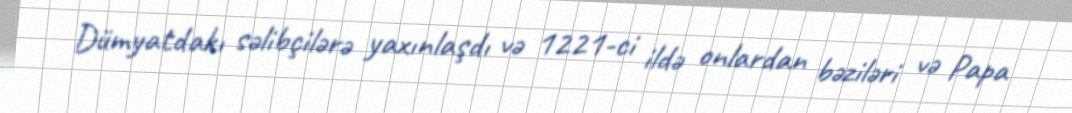
Dümyatdakı səlibçilərə yaxınlaşdı və 1221-ci ildə onlardan bəziləri və Papa